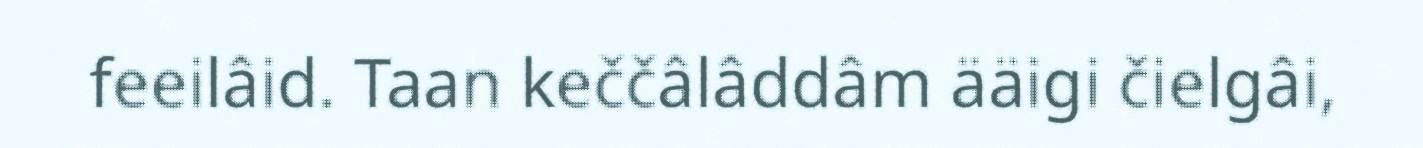
feeilâid. Taan keččâlâddâm ääigi čielgâi,